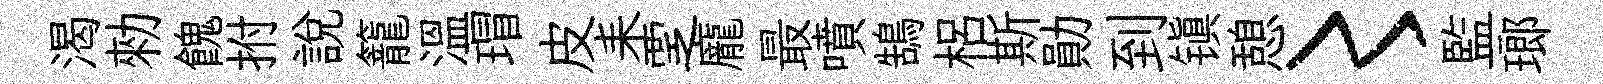
渴勑餽拊說籠温瑁皮耒覂龐最噴鵠梠斯勛到镇憩〻監瑯